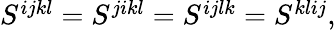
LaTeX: \begin{array}{r}{S^{ijkl}=S^{jikl}=S^{ijlk}=S^{klij},}\end{array}